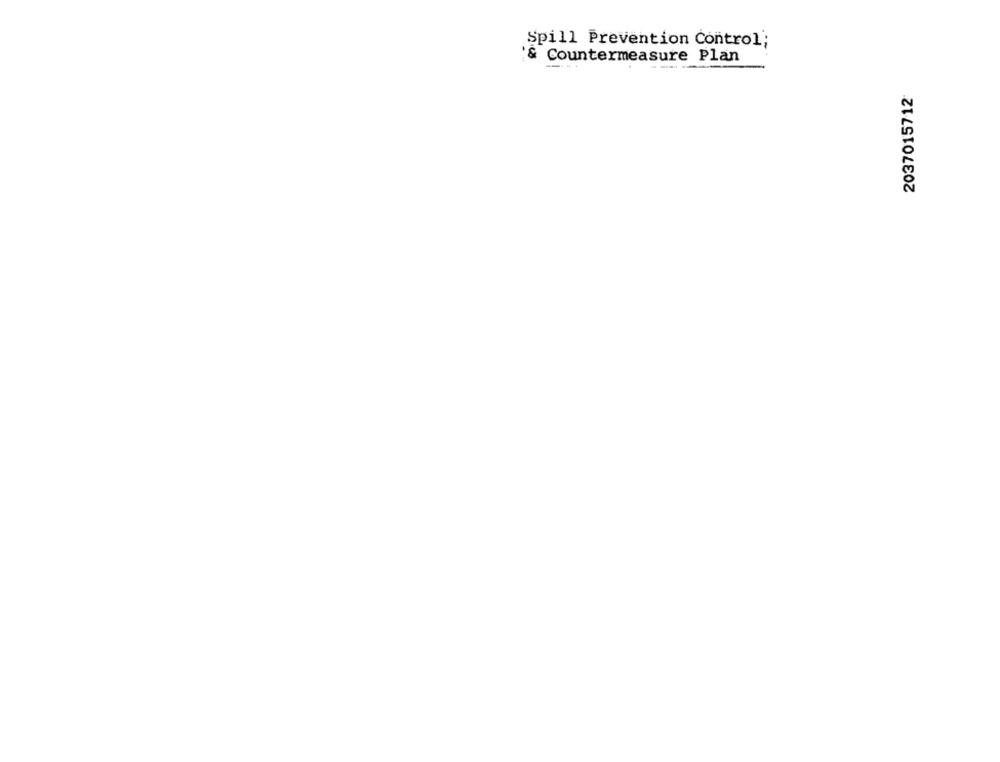
Spill Prevention Control;
'& Countermeasure Plan
2037015712